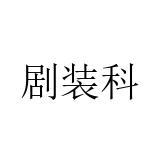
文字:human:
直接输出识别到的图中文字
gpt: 剧装科